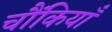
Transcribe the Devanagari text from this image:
चौंकियाँ